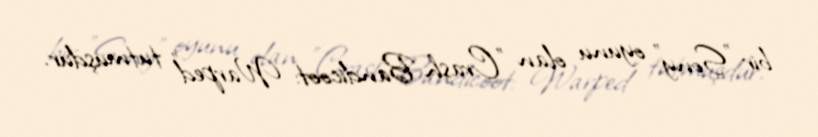
bir "Sony" oyunu olan "Crash Bandicoot: Warped" tutmuşdur.